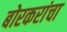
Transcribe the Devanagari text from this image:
बोरकरांचा